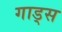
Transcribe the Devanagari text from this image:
गाड्स